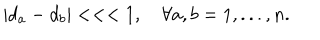
\left| d _ { a } - d _ { b } \right| < < < 1 , \quad \forall a , b = 1 , . . . , n .